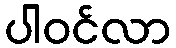
ပါဝင်လာ